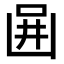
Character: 𠚎